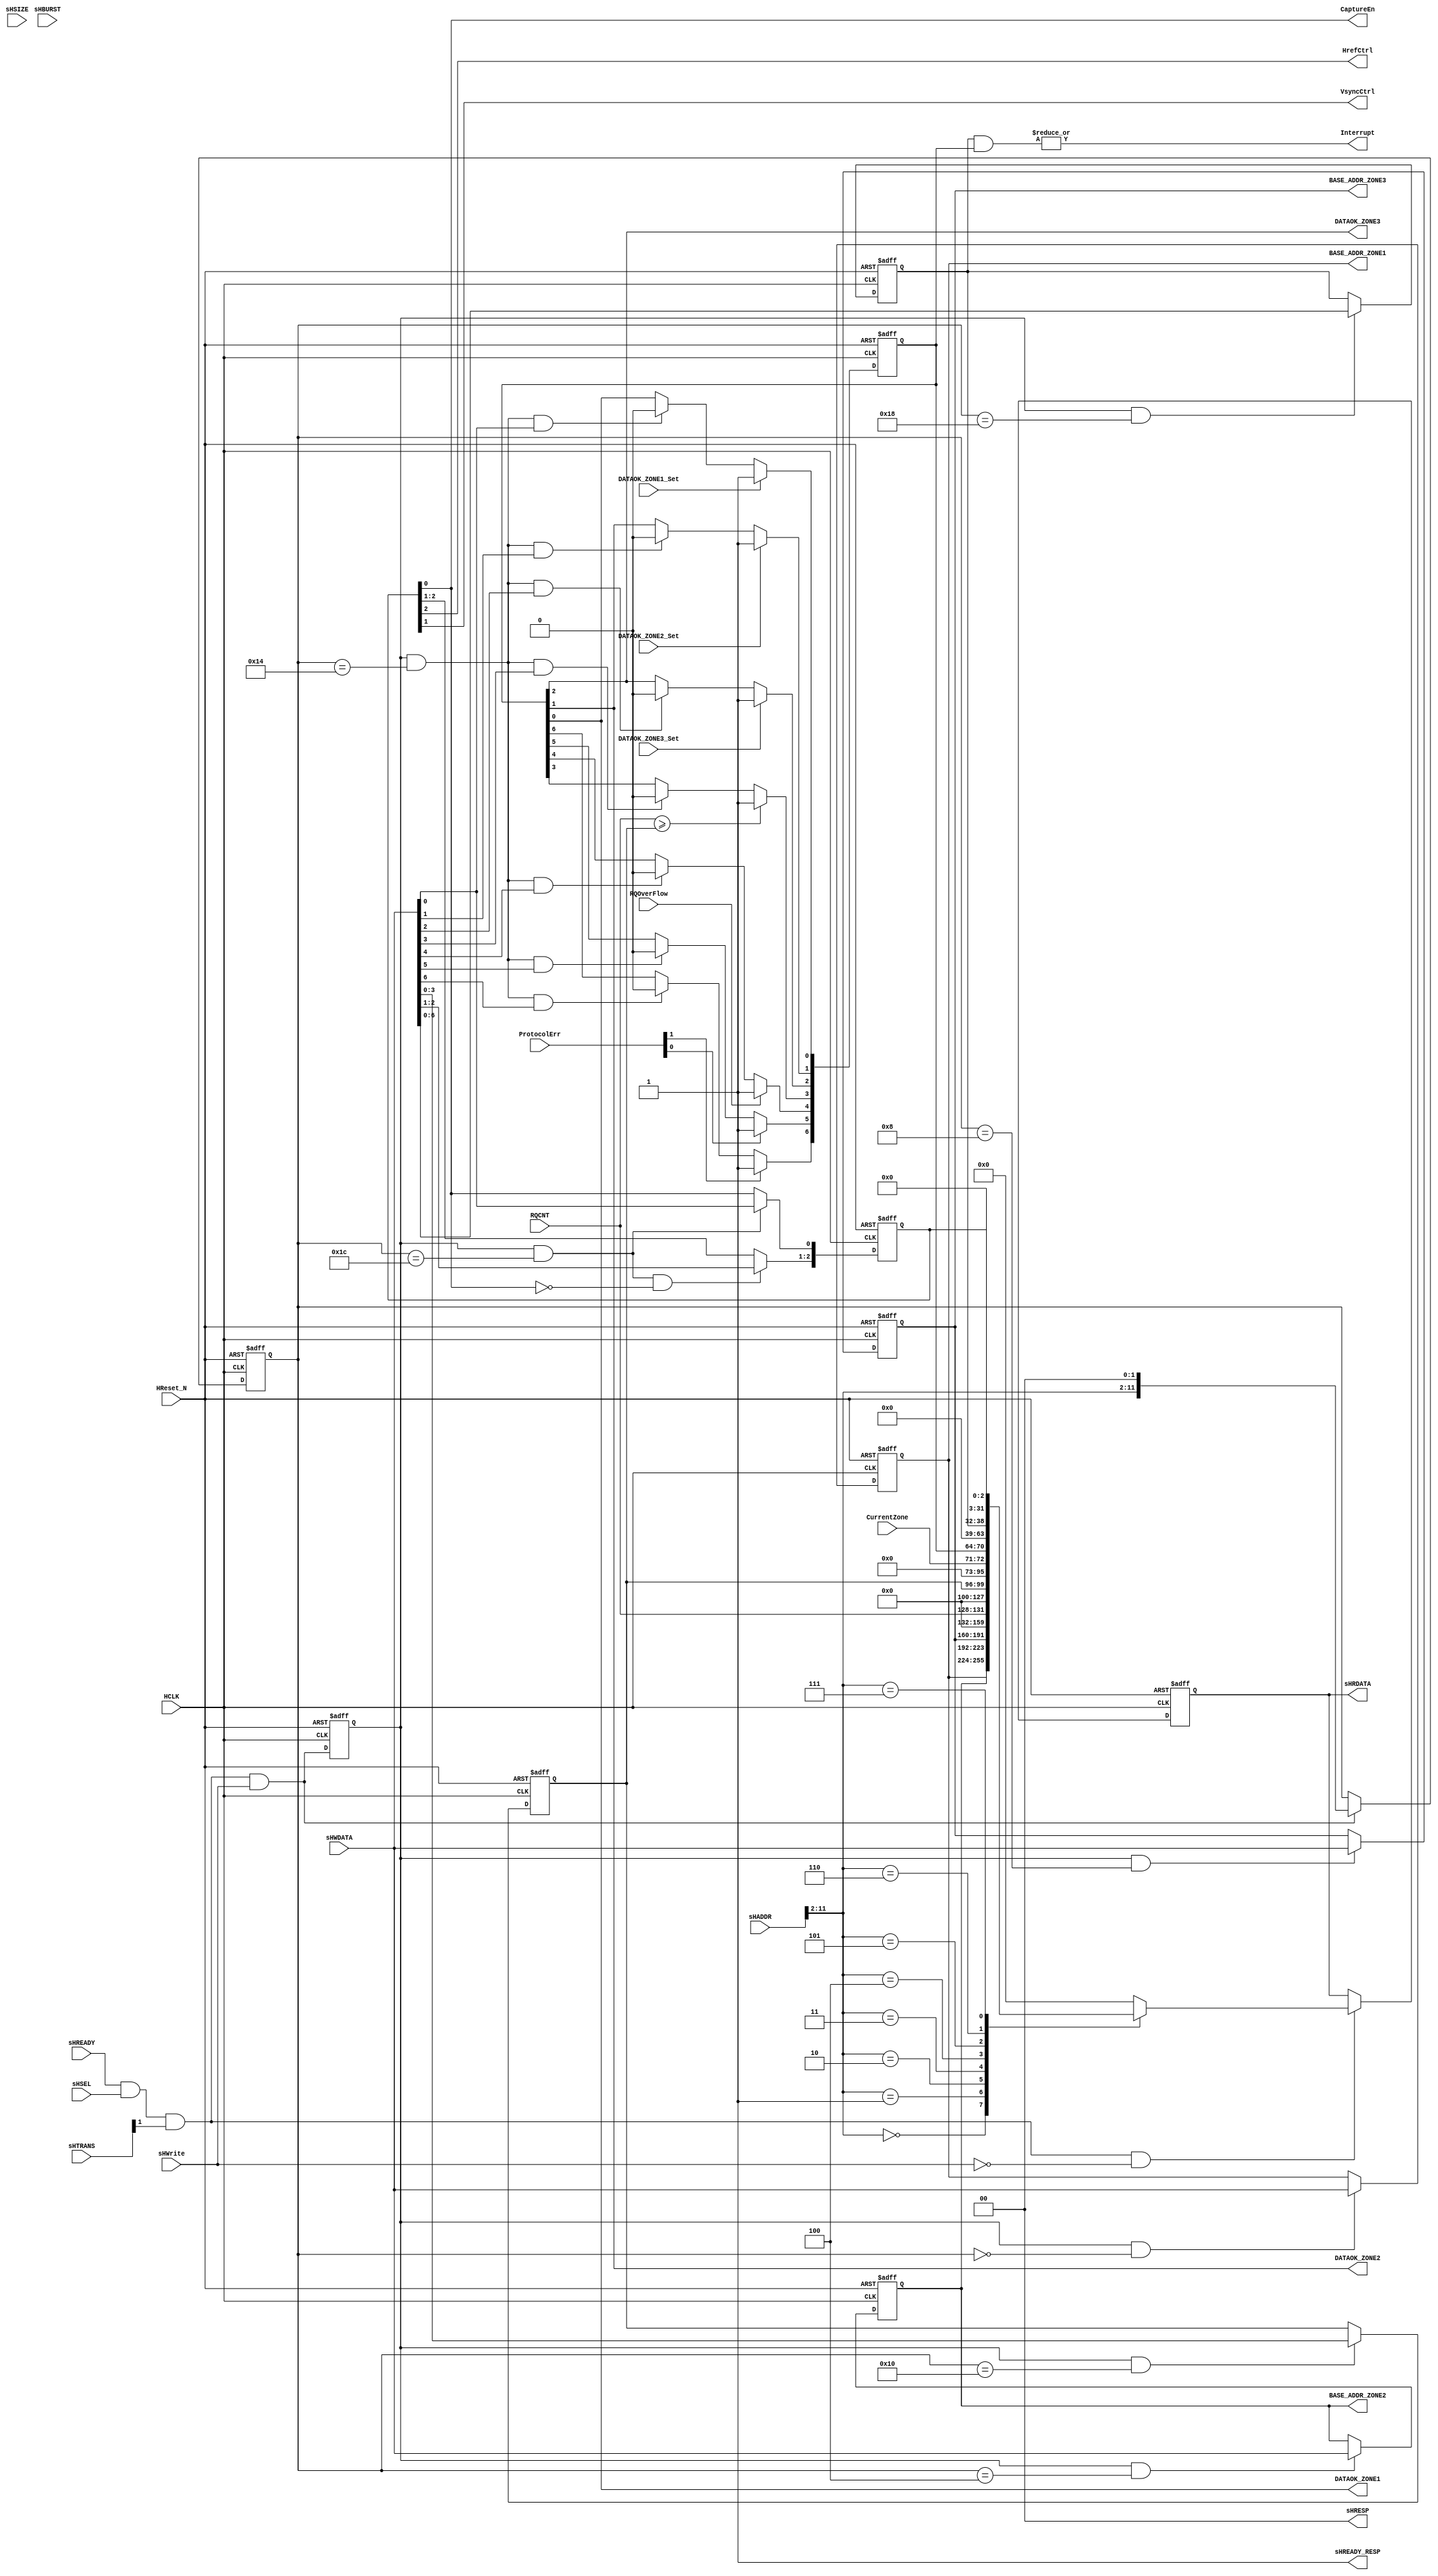
/****************************************************************
  ** Project: xxx
*****************************************************************
  ** C-Date : 2016-10-3
  ** M-Date : 2016-10-3
  
  ** Function Descriptoin : 
  	 	a.	camera_birdge configuration interface
  		b.	access these regisgers according sHADDR and sHTRANS(NONSEQ/SEQ).
  		    Note: sHSIZE(only 32 bits) sHBURST(No Use)
****************************************************************/

module CAMERA_CSR(
	/**** AHB system ****/	
	//global
	HCLK			,
	HReset_N		,
	
	//Slave
	sHSEL			,
	sHWrite         ,
	sHTRANS         ,   //[0] unuse
	sHSIZE          ,	//unuse
	sHBURST         ,	//unuse
	sHADDR          ,	//[31:12][1:0] unuse
	sHWDATA         ,
	sHREADY         ,
	sHREADY_RESP    ,
	sHRESP          ,
	sHRDATA         ,
	
	/**** interrupt ****/
	Interrupt		,
	
	/**** configuratoin ***/
	BASE_ADDR_ZONE1	,
	BASE_ADDR_ZONE2	,
	BASE_ADDR_ZONE3	,
	
	DATAOK_ZONE1	,
	DATAOK_ZONE2	,
	DATAOK_ZONE3	,	
	
	RQOverFlow		,
	RQCNT			,
	CurrentZone		,
	ProtocolErr		,
	
	DATAOK_ZONE1_Set,
	DATAOK_ZONE2_Set,
	DATAOK_ZONE3_Set,
	
	HrefCtrl		,
	VsyncCtrl		,
	CaptureEn
);
	
	/**** AHB system ****/	
	//global
	input			HCLK			;
	input			HReset_N		;
	
	//Slave
	input			sHSEL			;
	input			sHWrite         ;
	input [ 1: 0]	sHTRANS         ;
	input [ 2: 0]	sHSIZE          ;	//unuse;      
	input [ 2: 0]	sHBURST         ;   //unuse;      
	input [31: 0]	sHADDR          ;   //[1:0] unuse;
	input [31: 0]	sHWDATA         ;
	input			sHREADY         ;
	output			sHREADY_RESP    ;	
	output[ 1: 0]	sHRESP          ;
	output[31: 0]	sHRDATA         ;

	/**** interrupt ****/
	output			Interrupt		;
	
	/**** configuratoin ***/
	output[31: 0]	BASE_ADDR_ZONE1	;
	output[31: 0]	BASE_ADDR_ZONE2	;
	output[31: 0]	BASE_ADDR_ZONE3	;
	
	output			DATAOK_ZONE1	;
	output			DATAOK_ZONE2	;
	output			DATAOK_ZONE3	;
	
	input			RQOverFlow		;
	input [ 3: 0]	RQCNT			;
	input [ 1: 0]	CurrentZone		;
	input [ 1: 0]	ProtocolErr		;
	
	input			DATAOK_ZONE1_Set;
	input			DATAOK_ZONE2_Set;
	input			DATAOK_ZONE3_Set;
	
	output			HrefCtrl		;
	output			VsyncCtrl		;
	output			CaptureEn       ;
	
	/*****************************************************/
	
	parameter		ADDR_BASE_ZONE1 = 12'h000	,
					ADDR_BASE_ZONE2 = 12'h004	,
					ADDR_BASE_ZONE3 = 12'h008	,
					ADDR_RQCNT      = 12'h00c	,
					ADDR_RQTH       = 12'h010	,
					ADDR_STATUS     = 12'h014	,
					ADDR_IntEn      = 12'h018	,
					ADDR_GCR     	= 12'h01c	;
	
	/*****************************************************/
	
	wire			dev_sel			;
	
	reg				r_Write			;
	reg   [11: 0]	r_WriteAddr		;
	
	reg   [31: 0]	r_sHRDATA       ;
	reg   [31: 0]	c_sHRDATA		;
	
	/*****************************************************/
	
	//NONSEQ or SEQ
	assign dev_sel     = sHREADY & sHSEL & sHTRANS[1] ;
	
	//only OKAY response,and no wait
	assign sHREADY_RESP= 1'b1;
	assign sHRESP      = 2'h0;
	
	always@(posedge HCLK or negedge HReset_N)
	begin
		if(~HReset_N)
		begin
			r_Write		<= 1'b0;
			r_WriteAddr <=12'h0;
			
			r_sHRDATA	<=32'h0; 
		end
		else
		begin
			r_Write		<= dev_sel & sHWrite ;
			r_WriteAddr <=(dev_sel & sHWrite ) ? {sHADDR[11:2],2'b00} : r_WriteAddr ;
			r_sHRDATA	<=(dev_sel &~sHWrite ) ? c_sHRDATA : r_sHRDATA ; 
		end
	end
	
	assign sHRDATA = r_sHRDATA;
	
	//BASE_ADDR_ZONE: Read & Write	
	reg   [31: 0]	r_BASE_ADDR_ZONE1	;
	reg   [31: 0]	r_BASE_ADDR_ZONE2	;
	reg   [31: 0]	r_BASE_ADDR_ZONE3	;
		
	always@(posedge HCLK or negedge HReset_N)
	begin
		if(~HReset_N)
		begin
			r_BASE_ADDR_ZONE1	<= 32'h0;
			r_BASE_ADDR_ZONE2   <= 32'h0;
			r_BASE_ADDR_ZONE3   <= 32'h0;
		end
		else
		begin
			if(r_Write & (r_WriteAddr==ADDR_BASE_ZONE1))
				r_BASE_ADDR_ZONE1	<= sHWDATA ;
			
			if(r_Write & (r_WriteAddr==ADDR_BASE_ZONE2))
				r_BASE_ADDR_ZONE2	<= sHWDATA ;
			
			if(r_Write & (r_WriteAddr==ADDR_BASE_ZONE3))
				r_BASE_ADDR_ZONE3	<= sHWDATA ;	
		end
	end
	
	assign	BASE_ADDR_ZONE1	= r_BASE_ADDR_ZONE1	;
	assign	BASE_ADDR_ZONE2	= r_BASE_ADDR_ZONE2	;
	assign	BASE_ADDR_ZONE3	= r_BASE_ADDR_ZONE3	;
	
	//RQCNT: Read only
	
	//RQTH: Read & Write	
	reg   [ 3: 0]	r_RQTH	;
	
	always@(posedge HCLK or negedge HReset_N)
	begin
		if(~HReset_N)
		begin
			r_RQTH	<= 4'h5;
		end
		else
		begin
			if(r_Write & (r_WriteAddr==ADDR_RQTH))
				r_RQTH	<= sHWDATA[ 3: 0] ;			
		end
	end
		
	//STATUS: Read & Write(W1C)
	reg   [ 6: 0]	r_Status;
	
	always@(posedge HCLK or negedge HReset_N)
	begin
		if(~HReset_N)
		begin
			r_Status	<= 7'h0;
		end
		else
		begin
			if(DATAOK_ZONE1_Set)
				r_Status[0]	<= 1'h1;
			else if(r_Write & (r_WriteAddr==ADDR_STATUS)&sHWDATA[0])
				r_Status[0]	<= 1'h0;
			else
				r_Status[0]	<= r_Status[0];
			
			if(DATAOK_ZONE2_Set)
				r_Status[1]	<= 1'h1;
			else if(r_Write & (r_WriteAddr==ADDR_STATUS)&sHWDATA[1])
				r_Status[1]	<= 1'h0;
			else
				r_Status[1]	<= r_Status[1];
			
			if(DATAOK_ZONE3_Set)
				r_Status[2]	<= 1'h1;
			else if(r_Write & (r_WriteAddr==ADDR_STATUS)&sHWDATA[2])
				r_Status[2]	<= 1'h0;
			else
				r_Status[2]	<= r_Status[2];
				
			if(RQCNT>=r_RQTH)
				r_Status[3]	<= 1'h1;
			else if(r_Write & (r_WriteAddr==ADDR_STATUS)&sHWDATA[3])
				r_Status[3]	<= 1'h0;
			else
				r_Status[3]	<= r_Status[3];
				
			if(RQOverFlow)
				r_Status[4]	<= 1'h1;
			else if(r_Write & (r_WriteAddr==ADDR_STATUS)&sHWDATA[4])
				r_Status[4]	<= 1'h0;
			else
				r_Status[4]	<= r_Status[4];	
			
			if(ProtocolErr[0])
				r_Status[5]	<= 1'h1;
			else if(r_Write & (r_WriteAddr==ADDR_STATUS)&sHWDATA[5])
				r_Status[5]	<= 1'h0;
			else
				r_Status[5]	<= r_Status[5];	
				
			if(ProtocolErr[1])
				r_Status[6]	<= 1'h1;
			else if(r_Write & (r_WriteAddr==ADDR_STATUS)&sHWDATA[6])
				r_Status[6]	<= 1'h0;
			else
				r_Status[6]	<= r_Status[6];		
		end
	end
	
	assign DATAOK_ZONE1 = r_Status[0];	
	assign DATAOK_ZONE2	= r_Status[1];
	assign DATAOK_ZONE3	= r_Status[2];
	
	//IntEn: Read & Write	
	reg   [ 6: 0]	r_IntEn	;
	
	always@(posedge HCLK or negedge HReset_N)
	begin
		if(~HReset_N)
		begin
			r_IntEn	<= 7'h0;
		end
		else
		begin
			if(r_Write & (r_WriteAddr==ADDR_IntEn))
				r_IntEn	<= sHWDATA[ 6: 0] ;			
		end
	end
	
	assign Interrupt = |(r_IntEn & r_Status) ;
		
	//GCR: Read & Write	
	reg   [ 2: 0]	r_GCR	;
	
	always@(posedge HCLK or negedge HReset_N)
	begin
		if(~HReset_N)
		begin
			r_GCR	<= 3'h0;
		end
		else
		begin
			if(r_Write & (r_WriteAddr==ADDR_GCR) & ~r_GCR[0])
			    r_GCR[ 2: 1]	<= sHWDATA[ 2: 1] ;
			
			if(r_Write & (r_WriteAddr==ADDR_GCR))
				r_GCR[0]	    <= sHWDATA[0] ;			
		end
	end
	
	assign	HrefCtrl	= r_GCR[2] ;
	assign	VsyncCtrl	= r_GCR[1] ;
	assign	CaptureEn   = r_GCR[0] ;
	
	always@*
	begin
		case({sHADDR[11:2],2'b00})
		ADDR_BASE_ZONE1 : c_sHRDATA = r_BASE_ADDR_ZONE1 ;
		ADDR_BASE_ZONE2 : c_sHRDATA = r_BASE_ADDR_ZONE2 ;
		ADDR_BASE_ZONE3 : c_sHRDATA = r_BASE_ADDR_ZONE3 ;
		ADDR_RQCNT      : c_sHRDATA = {28'h0,RQCNT}  ;
		ADDR_RQTH       : c_sHRDATA = {28'h0,r_RQTH} ;
		ADDR_STATUS     : c_sHRDATA = {23'h0,CurrentZone,r_Status} ;
		ADDR_IntEn      : c_sHRDATA = {25'h0,r_IntEn};
		ADDR_GCR     	: c_sHRDATA = {29'h0,r_GCR}  ;
		default			: c_sHRDATA = 32'h0  ;
		endcase
	end
 		
endmodule